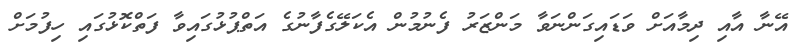
އޭނާ އާއި ދިމާއަށް ވަޑައިގަންނަވާ މަންޒަރު ފެނުމުން އެކަލޭގެފާނުގެ އަތްޕުޅުގައިވާ ފަތްކޮޅުގައި ހިފުމަށް